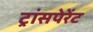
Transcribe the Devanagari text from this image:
ट्रांसपेरेंट